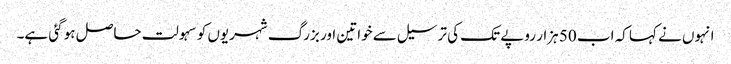
انہوں نے کہا کہ اب 50 ہزار روپے تک کی ترسیل سے خواتین اور بزرگ شہریوں کو سہولت حاصل ہو گئی ہے۔